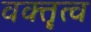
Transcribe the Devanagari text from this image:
वक्‍तॄत्‍व